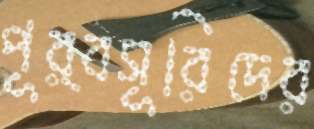
পূর্বসূরিদের